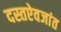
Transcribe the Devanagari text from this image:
दस्तऐवजांत